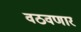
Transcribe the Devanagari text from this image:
वठवणार